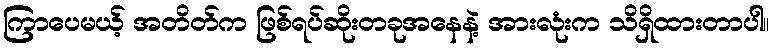
ကြာပေမယ့် အတိတ်က ဖြစ်ရပ်ဆိုးတခုအနေနဲ့ အားလုံးက သိရှိထားတာပါ။